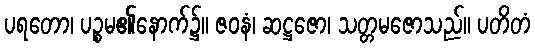
ပရတော၊ ပဉ္စမ၏နောက်၌။ ဇဝနံ၊ ဆဋ္ဌဇော၊ သတ္တမဇောသည်။ ပတိတံ